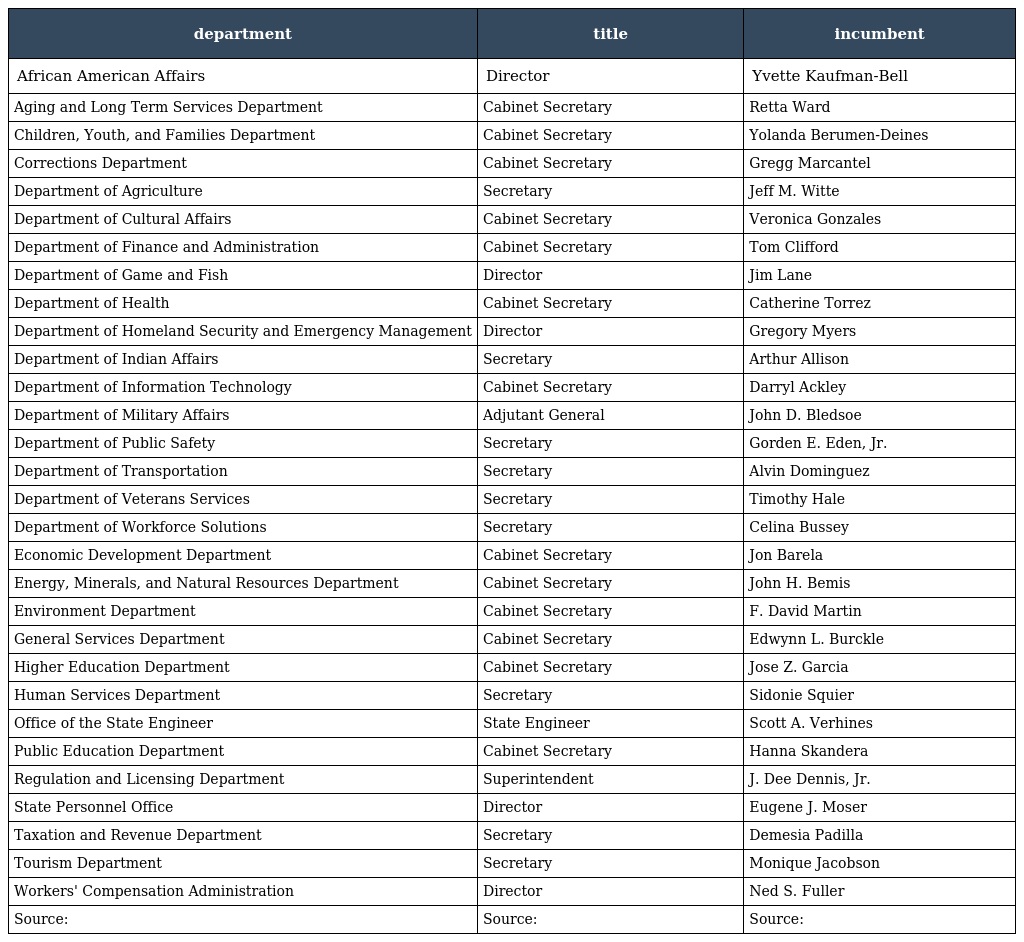
| department | title | incumbent |
 | --- | --- | --- |
 | African American Affairs | Director | Yvette Kaufman-Bell |
 | Aging and Long Term Services Department | Cabinet Secretary | Retta Ward |
 | Children, Youth, and Families Department | Cabinet Secretary | Yolanda Berumen-Deines |
 | Corrections Department | Cabinet Secretary | Gregg Marcantel |
 | Department of Agriculture | Secretary | Jeff M. Witte |
 | Department of Cultural Affairs | Cabinet Secretary | Veronica Gonzales |
 | Department of Finance and Administration | Cabinet Secretary | Tom Clifford |
 | Department of Game and Fish | Director | Jim Lane |
 | Department of Health | Cabinet Secretary | Catherine Torrez |
 | Department of Homeland Security and Emergency Management | Director | Gregory Myers |
 | Department of Indian Affairs | Secretary | Arthur Allison |
 | Department of Information Technology | Cabinet Secretary | Darryl Ackley |
 | Department of Military Affairs | Adjutant General | John D. Bledsoe |
 | Department of Public Safety | Secretary | Gorden E. Eden, Jr. |
 | Department of Transportation | Secretary | Alvin Dominguez |
 | Department of Veterans Services | Secretary | Timothy Hale |
 | Department of Workforce Solutions | Secretary | Celina Bussey |
 | Economic Development Department | Cabinet Secretary | Jon Barela |
 | Energy, Minerals, and Natural Resources Department | Cabinet Secretary | John H. Bemis |
 | Environment Department | Cabinet Secretary | F. David Martin |
 | General Services Department | Cabinet Secretary | Edwynn L. Burckle |
 | Higher Education Department | Cabinet Secretary | Jose Z. Garcia |
 | Human Services Department | Secretary | Sidonie Squier |
 | Office of the State Engineer | State Engineer | Scott A. Verhines |
 | Public Education Department | Cabinet Secretary | Hanna Skandera |
 | Regulation and Licensing Department | Superintendent | J. Dee Dennis, Jr. |
 | State Personnel Office | Director | Eugene J. Moser |
 | Taxation and Revenue Department | Secretary | Demesia Padilla |
 | Tourism Department | Secretary | Monique Jacobson |
 | Workers' Compensation Administration | Director | Ned S. Fuller |
 | Source: | Source: | Source: |